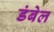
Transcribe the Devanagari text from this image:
डंबेल